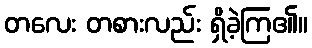
တလေး တစားလည်း ရှိခဲ့ကြ၏။